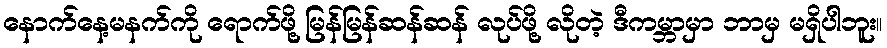
နောက်နေ့မနက်ကို ရောက်ဖို့ မြန်မြန်ဆန်ဆန် လုပ်ဖို့ လိုတဲ့ ဒီကမ္ဘာမှာ ဘာမှ မရှိပါဘူး။